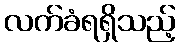
လက်ခံရရှိသည့်